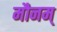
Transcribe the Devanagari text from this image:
मौनम्‌